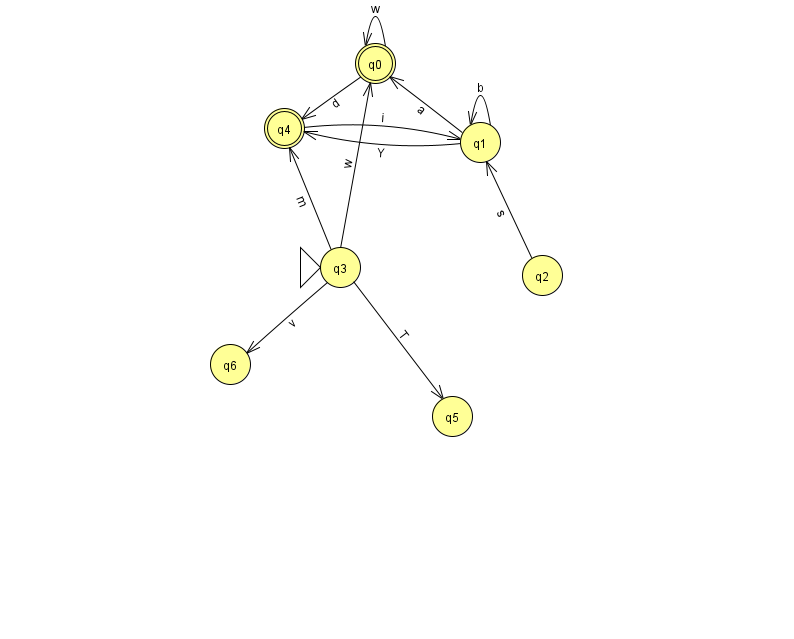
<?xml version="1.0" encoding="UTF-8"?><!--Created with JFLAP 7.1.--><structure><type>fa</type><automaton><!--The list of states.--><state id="0" name="q0"><x>375.0</x><y>50.0</y><final/></state><state id="1" name="q1"><x>480.0</x><y>129.0</y></state><state id="2" name="q2"><x>542.0</x><y>262.0</y></state><state id="3" name="q3"><x>340.0</x><y>254.0</y><initial/></state><state id="4" name="q4"><x>284.0</x><y>115.0</y><final/></state><state id="5" name="q5"><x>452.0</x><y>403.0</y></state><state id="6" name="q6"><x>230.0</x><y>351.0</y></state><!--The list of transitions.--><transition><from>0</from><to>4</to><read>d</read></transition><transition><from>3</from><to>4</to><read>m</read></transition><transition><from>1</from><to>1</to><read>b</read></transition><transition><from>1</from><to>0</to><read>a</read></transition><transition><from>2</from><to>1</to><read>s</read></transition><transition><from>3</from><to>6</to><read>v</read></transition><transition><from>0</from><to>0</to><read>w</read></transition><transition><from>3</from><to>0</to><read>w</read></transition><transition><from>3</from><to>5</to><read>T</read></transition><transition><from>1</from><to>4</to><read>Y</read></transition><transition><from>4</from><to>1</to><read>i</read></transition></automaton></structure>